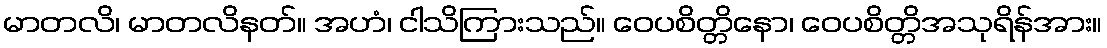
မာတလိ၊ မာတလိနတ်။ အဟံ၊ ငါသိကြားသည်။ ဝေပစိတ္တိနော၊ ဝေပစိတ္တိအသုရိန်အား။